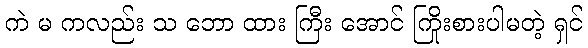
ကဲ မ ကလည်း သ ဘော ထား ကြီး အောင် ကြိုးစားပါမတဲ့ ရှင်